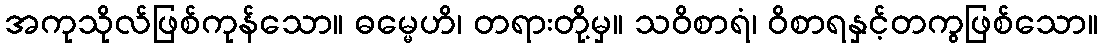
အကုသိုလ်ဖြစ်ကုန်သော။ ဓမ္မေဟိ၊ တရားတို့မှ။ သဝိစာရံ၊ ဝိစာရနှင့်တကွဖြစ်သော။